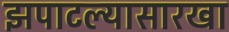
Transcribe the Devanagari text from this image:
झपाटल्यासारखा